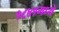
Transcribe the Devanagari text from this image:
१८४१मध्ये